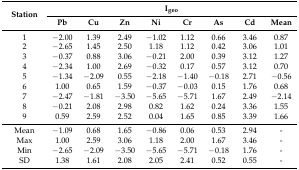
<table><thead><tr><td rowspan="2"><b>Station</b></td><td colspan="8"><b>I<sub>geo</sub></b></td></tr><tr><td><b>Pb</b></td><td><b>Cu</b></td><td><b>Zn</b></td><td><b>Ni</b></td><td><b>Cr</b></td><td><b>As</b></td><td><b>Cd</b></td><td><b>Mean</b></td></tr></thead><tbody><tr><td>1</td><td>−2.00</td><td>1.39</td><td>2.49</td><td>−1.02</td><td>1.12</td><td>0.66</td><td>3.46</td><td>0.87</td></tr><tr><td>2</td><td>−2.65</td><td>1.45</td><td>2.50</td><td>1.18</td><td>1.12</td><td>0.42</td><td>3.06</td><td>1.01</td></tr><tr><td>3</td><td>−0.37</td><td>0.88</td><td>3.06</td><td>−0.21</td><td>2.00</td><td>0.39</td><td>3.12</td><td>1.27</td></tr><tr><td>4</td><td>−2.34</td><td>1.00</td><td>2.69</td><td>−0.32</td><td>0.17</td><td>0.57</td><td>3.12</td><td>0.70</td></tr><tr><td>5</td><td>−1.34</td><td>−2.09</td><td>0.55</td><td>−2.18</td><td>−1.40</td><td>−0.18</td><td>2.71</td><td>−0.56</td></tr><tr><td>6</td><td>1.00</td><td>0.65</td><td>1.59</td><td>−0.37</td><td>−0.03</td><td>0.15</td><td>1.76</td><td>0.68</td></tr><tr><td>7</td><td>−2.47</td><td>−1.81</td><td>−3.50</td><td>−5.65</td><td>−5.71</td><td>1.67</td><td>2.49</td><td>−2.14</td></tr><tr><td>8</td><td>−0.21</td><td>2.08</td><td>2.98</td><td>0.82</td><td>1.62</td><td>0.24</td><td>3.36</td><td>1.55</td></tr><tr><td>9</td><td>0.59</td><td>2.59</td><td>2.52</td><td>0.04</td><td>1.65</td><td>0.85</td><td>3.39</td><td>1.66</td></tr><tr><td>Mean</td><td>−1.09</td><td>0.68</td><td>1.65</td><td>−0.86</td><td>0.06</td><td>0.53</td><td>2.94</td><td>-</td></tr><tr><td>Max</td><td>1.00</td><td>2.59</td><td>3.06</td><td>1.18</td><td>2.00</td><td>1.67</td><td>3.46</td><td>-</td></tr><tr><td>Min</td><td>−2.65</td><td>−2.09</td><td>−3.50</td><td>−5.65</td><td>−5.71</td><td>−0.18</td><td>1.76</td><td>-</td></tr><tr><td>SD</td><td>1.38</td><td>1.61</td><td>2.08</td><td>2.05</td><td>2.41</td><td>0.52</td><td>0.55</td><td>-</td></tr></tbody></table>